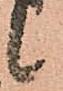
候